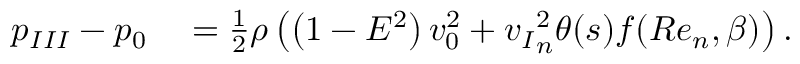
\begin{array} { r l } { { p _ { I I I } } - { p _ { 0 } } } & { { } = { } \frac { 1 } { 2 } \rho \left( \left( 1 - E ^ { 2 } \right) v _ { 0 } ^ { 2 } + { v _ { I } } _ { n } ^ { 2 } \theta ( s ) f ( R e _ { n } , \beta ) \right) . } \end{array}